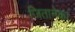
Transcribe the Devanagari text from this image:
जितानेका